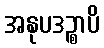
အနုပဒဉ္စာပိ